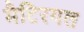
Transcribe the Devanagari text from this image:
मैटिरयल